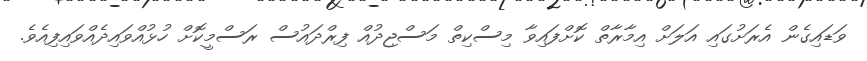
ވަޑައިގެން އެރަށުގައި އަލަށް އިމާރާތް ކޮށްފައިވާ މިސްކިތް މަސްޖިދުއް ފިރްދައުސް ރަސްމީކޮށް ހުޅުއްވައިދެއްވައިފިއެވެ.